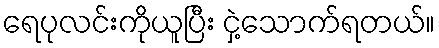
ရေပုလင်းကိုယူပြီး ငှဲ့သောက်ရတယ်။